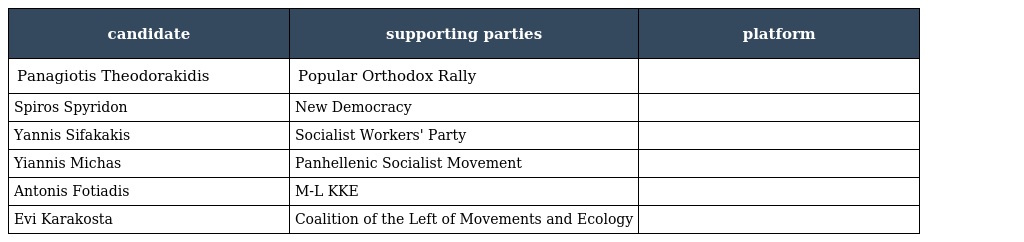
| candidate | supporting parties | platform |
 | --- | --- | --- |
 | Panagiotis Theodorakidis | Popular Orthodox Rally |  |
 | Spiros Spyridon | New Democracy |  |
 | Yannis Sifakakis | Socialist Workers' Party |  |
 | Yiannis Michas | Panhellenic Socialist Movement |  |
 | Antonis Fotiadis | M-L KKE |  |
 | Evi Karakosta | Coalition of the Left of Movements and Ecology |  |